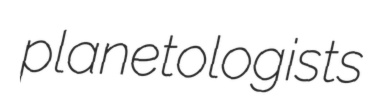
planetologists